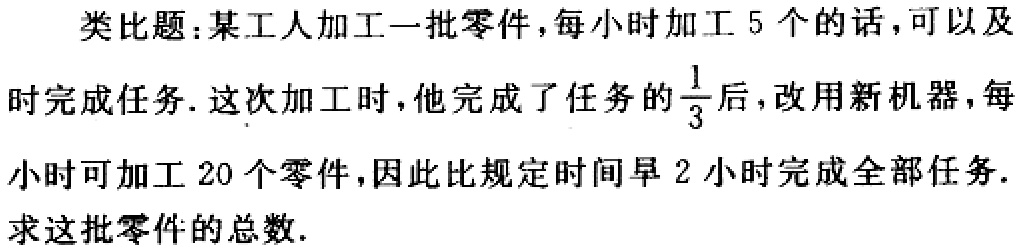
类比题：某工人加工一批零件，每小时加工 5 个的话，可以及
时完成任务. 这次加工时，他完成了任务的$\frac{1}{3}$后，改用新机器，每
小时可加工 20 个零件，因此比规定时间早 2 小时完成全部任务.
求这批零件的总数.